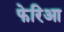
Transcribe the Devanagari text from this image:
फेरिआ